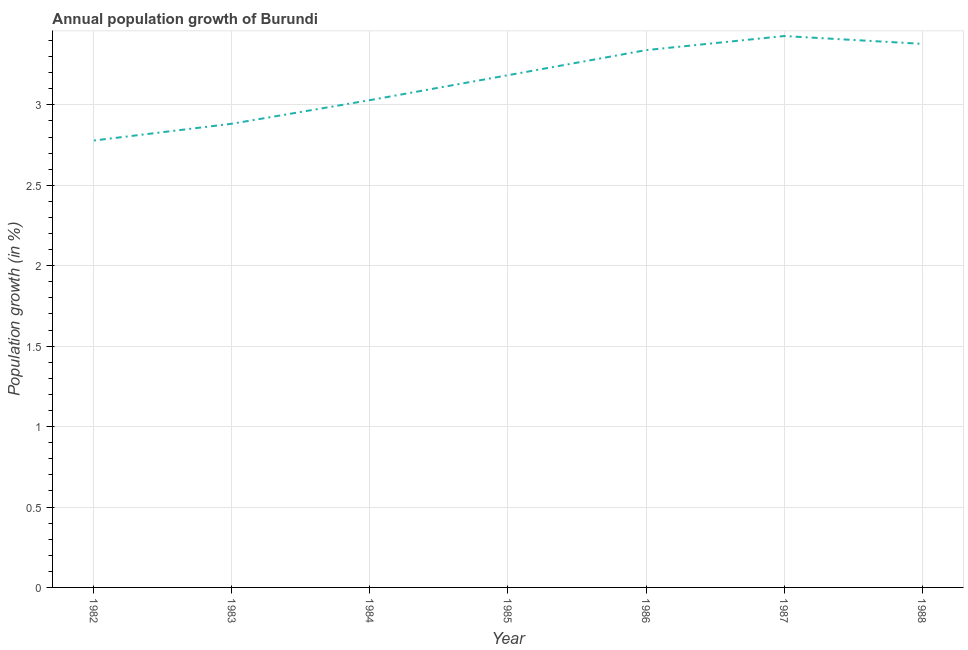
| Year | Population growth |
 | --- | --- |
 | 1982 | 2.78 |
 | 1983 | 2.88 |
 | 1984 | 3.03 |
 | 1985 | 3.18 |
 | 1986 | 3.34 |
 | 1987 | 3.43 |
 | 1988 | 3.38 |